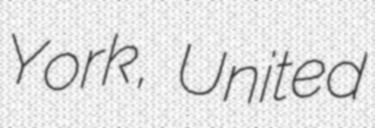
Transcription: York, United